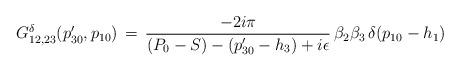
LaTeX: \begin{align*}G^{\delta}_{12,23}(p'_{30},p_{10})\,=\,{-2i\pi\over (P_0-S)-(p'_{30}-h_3)+i\epsilon}\,\beta_2\beta_3\,\delta(p_{10}-h_1)\end{align*}